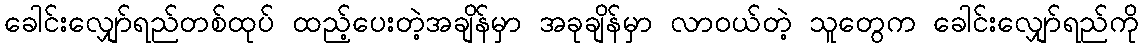
ခေါင်းလျှော်ရည်တစ်ထုပ် ထည့်ပေးတဲ့အချိန်မှာ အခုချိန်မှာ လာဝယ်တဲ့ သူတွေက ခေါင်းလျှော်ရည်ကို